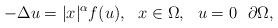
LaTeX: \begin{align*}-\Delta u = |x|^{\alpha} f(u), \ \ x \in \Omega, \ \ u=0 \ \ \partial \Omega,\end{align*}